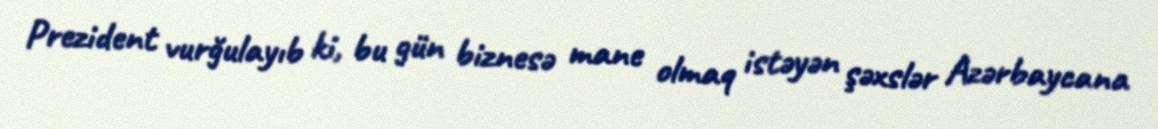
Prezident vurğulayıb ki, bu gün biznesə mane olmaq istəyən şəxslər Azərbaycana